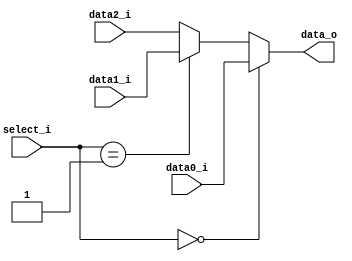
module Mux3to1( data0_i, data1_i, data2_i, select_i, data_o );

parameter size = 16;			   
			
//I/O ports               
input wire	[size-1:0] data0_i;          
input wire	[size-1:0] data1_i;
input wire	[size-1:0] data2_i;
input wire	[2-1:0] select_i;
output wire	[size-1:0] data_o; 

//Main function
assign data_o = (select_i == 2'b00) ? data0_i :
        (select_i == 2'b01) ? data1_i : data2_i;

endmodule